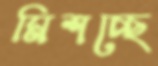
মিশচ্ছে